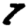
Digit: 7